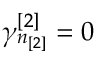
\gamma _ { n _ { [ 2 ] } } ^ { [ 2 ] } = 0